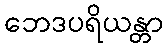
ဘေဒပရိယန္တာ